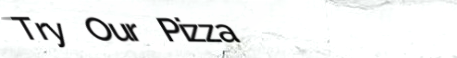
Try Our Pizza